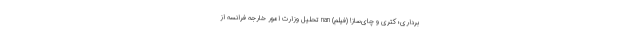
برداری؛ کتری و چای‌ساز! (فیلم) nan تحلیل وزارت امور خارجه فرانسه از